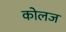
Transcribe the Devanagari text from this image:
कोलज